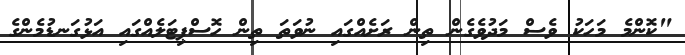
"ކޮންމެ މަހަކު ވެސް މަދުވެގެން ތިން ރަށެއްގައި ނުވަތަ ތިން ހޮސްޕިޓަލެއްގައި އަޅުގަނޑުމެންގެ